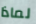
لماذا